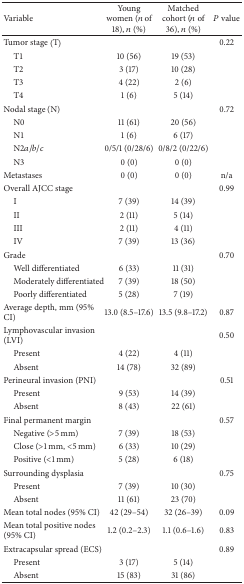
<table><thead><tr><td><b>Variable</b></td><td><b>Young women (<i>n</i> of 18), <i>n</i> (%)</b></td><td><b>Matched cohort (<i>n</i> of 36), <i>n</i> (%)</b></td><td><b><i>P</i> value</b></td></tr></thead><tbody><tr><td>Tumor stage (T)</td><td> </td><td> </td><td>0.22</td></tr><tr><td> T1</td><td>10 (56)</td><td>19 (53)</td><td> </td></tr><tr><td> T2</td><td>3 (17)</td><td>10 (28)</td><td> </td></tr><tr><td> T3</td><td>4 (22)</td><td>2 (6)</td><td> </td></tr><tr><td> T4</td><td>1 (6)</td><td>5 (14)</td><td> </td></tr><tr><td>Nodal stage (N)</td><td> </td><td> </td><td>0.72</td></tr><tr><td> N0</td><td>11 (61)</td><td>20 (56)</td><td> </td></tr><tr><td> N1</td><td>1 (6)</td><td>6 (17)</td><td> </td></tr><tr><td> N2<i>a</i>/<i>b</i>/<i>c</i></td><td>0/5/1 (0/28/6)</td><td>0/8/2 (0/22/6)</td><td> </td></tr><tr><td> N3</td><td>0 (0)</td><td>0 (0)</td><td> </td></tr><tr><td>Metastases</td><td>0 (0)</td><td>0 (0)</td><td>n/a</td></tr><tr><td>Overall AJCC stage</td><td> </td><td> </td><td>0.99</td></tr><tr><td> I</td><td>7 (39)</td><td>14 (39)</td><td> </td></tr><tr><td> II</td><td>2 (11)</td><td>5 (14)</td><td> </td></tr><tr><td> III</td><td>2 (11)</td><td>4 (11)</td><td> </td></tr><tr><td> IV</td><td>7 (39)</td><td>13 (36)</td><td> </td></tr><tr><td>Grade</td><td> </td><td> </td><td>0.70</td></tr><tr><td> Well differentiated</td><td>6 (33)</td><td>11 (31)</td><td> </td></tr><tr><td> Moderately differentiated</td><td>7 (39)</td><td>18 (50)</td><td> </td></tr><tr><td> Poorly differentiated</td><td>5 (28)</td><td>7 (19)</td><td> </td></tr><tr><td>Average depth, mm (95% CI)</td><td>13.0 (8.5–17.6)</td><td>13.5 (9.8–17.2)</td><td>0.87</td></tr><tr><td>Lymphovascular invasion (LVI)</td><td> </td><td> </td><td>0.50</td></tr><tr><td> Present</td><td>4 (22)</td><td>4 (11)</td><td> </td></tr><tr><td> Absent</td><td>14 (78)</td><td>32 (89)</td><td> </td></tr><tr><td>Perineural invasion (PNI)</td><td> </td><td> </td><td>0.51</td></tr><tr><td> Present</td><td>9 (53)</td><td>14 (39)</td><td> </td></tr><tr><td> Absent</td><td>8 (43)</td><td>22 (61)</td><td> </td></tr><tr><td>Final permanent margin</td><td> </td><td> </td><td>0.57</td></tr><tr><td> Negative (&gt;5 mm)</td><td>7 (39)</td><td>18 (53)</td><td> </td></tr><tr><td> Close (&gt;1 mm, &lt;5 mm)</td><td>6 (33)</td><td>10 (29)</td><td> </td></tr><tr><td> Positive (&lt;1 mm)</td><td>5 (28)</td><td>6 (18)</td><td> </td></tr><tr><td>Surrounding dysplasia</td><td> </td><td> </td><td>0.75</td></tr><tr><td> Present</td><td>7 (39)</td><td>10 (30)</td><td> </td></tr><tr><td> Absent</td><td>11 (61)</td><td>23 (70)</td><td> </td></tr><tr><td>Mean total nodes (95% CI)</td><td>42 (29–54)</td><td>32 (26–39)</td><td>0.09</td></tr><tr><td>Mean total positive nodes (95% CI)</td><td>1.2 (0.2–2.3)</td><td>1.1 (0.6–1.6)</td><td>0.83</td></tr><tr><td>Extracapsular spread (ECS)</td><td> </td><td> </td><td>0.89</td></tr><tr><td> Present</td><td>3 (17)</td><td>5 (14)</td><td> </td></tr><tr><td> Absent</td><td>15 (83)</td><td>31 (86)</td><td> </td></tr></tbody></table>